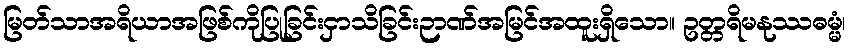
မြတ်သာအရိယာအဖြစ်ကိုပြုခြင်းငှာသိခြင်းဉာဏ်အမြင်အထူးရှိသော။ ဥတ္တရိမနုဿဓမ္မံ၊